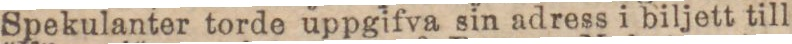
Spekulanter torde uppgifva sin adress i biljett till